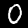
Digit: 0